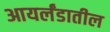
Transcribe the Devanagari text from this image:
आयर्लंडातील